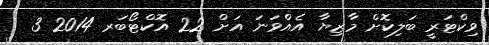
ވިކްޓަރީ ބަލިކޮށް މާޒިޔާ އެއްވަނަ އަށް 22 އޮކްޓޯބަރ 2014 3